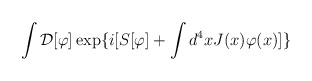
\begin{align*}\int{\cal D}[\varphi]\exp \{i[S[\varphi]+\int d^{4}x J(x)\varphi(x)]\}\end{align*}